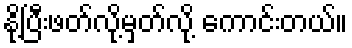
နို့ပြီးဖတ်လို့မှတ်လို့ ကောင်းတယ်။